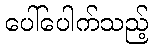
ပေါ်ပေါက်သည့်